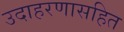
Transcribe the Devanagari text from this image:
उदाहरणासहित